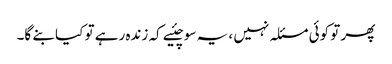
پھر تو کوئی مسئلہ نہیں ، یہ سوچئیے کہ زندہ رہے تو کیا بنے گا۔